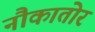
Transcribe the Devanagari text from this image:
नौकातोर